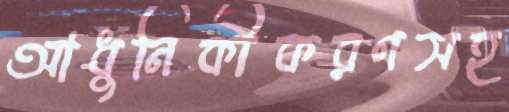
আধুনিকীকরণসহ